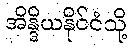
အိန္ဒိယနိုင်ငံသို့